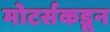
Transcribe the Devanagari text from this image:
मोटर्सकडून